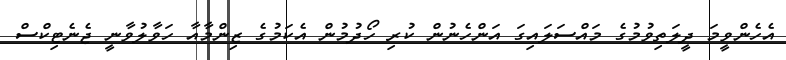
އެހެންވީމަ ދީލަތިވުމުގެ މައްސަލައިގަ އަންހެނުން ކުރި ހޯދުމުން އެކަމުގެ ޒިންމާއާ ހަވާލުވާނީ ޖެނެޓިކްސް